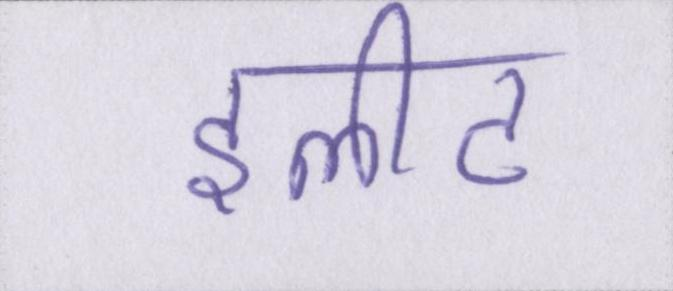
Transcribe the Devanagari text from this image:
इलीट